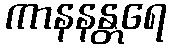
ကာနနန္တရေ